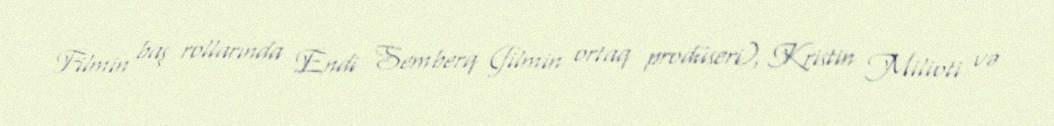
Filmin baş rollarında Endi Semberq (filmin ortaq prodüseri), Kristin Milioti və